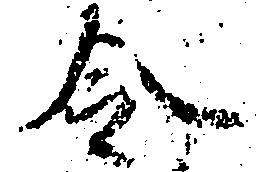
令